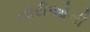
નારીઓની